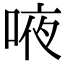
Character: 㖡